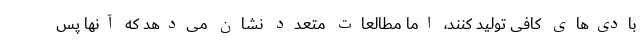
بادی‌های کافی تولید کنند، اما مطالعات متعدد نشان می‌دهد که آنها پس